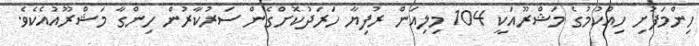
ހިންމަފުށި ހިއްކުމުގެ މަޝްރޫއަކީ 104 މިލިއަން ރުފިޔާ ހަރަދުކޮށްގެން ސަރުކާރުން ހިންގާ މަޝްރޫއުއެކެވެ.